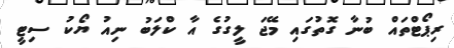
ރިޕޯޓްތައް ބުނާ ގޮތުގައި މޭޖަ ލީގުގެ އާ ކްލަބު ނިއު ޔޯކު ސިޓީ